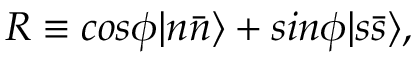
R \equiv c o s \phi | n \bar { n } \rangle + s i n \phi | s \bar { s } \rangle ,